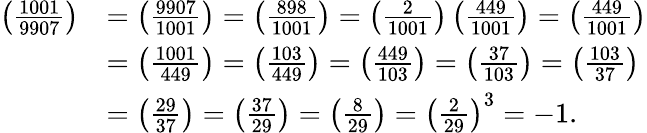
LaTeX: {\begin{array}{rl}{\left({\frac{1001}{9907}}\right)}&{=\left({\frac{9907}{1001}}\right)=\left({\frac{898}{1001}}\right)=\left({\frac{2}{1001}}\right)\left({\frac{449}{1001}}\right)=\left({\frac{449}{1001}}\right)}\\ &{=\left({\frac{1001}{449}}\right)=\left({\frac{103}{449}}\right)=\left({\frac{449}{103}}\right)=\left({\frac{37}{103}}\right)=\left({\frac{103}{37}}\right)}\\ &{=\left({\frac{29}{37}}\right)=\left({\frac{37}{29}}\right)=\left({\frac{8}{29}}\right)=\left({\frac{2}{29}}\right)^{3}=-1.}\end{array}}